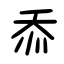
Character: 忝